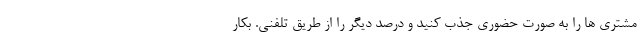
مشتری ها را به صورت حضوری جذب کنید و درصد دیگر را از طریق تلفنی. بکار